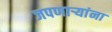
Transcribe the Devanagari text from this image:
जपणाऱ्यांना